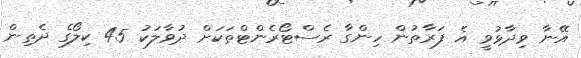
އޭނާ ވިދާޅުވީ އެ ފަރާތުން ހިންގާ ރެސްޓޯރެންޓްތަކަށް ދުވާލަކު 45 ކިލޯގެ ދެތިން